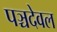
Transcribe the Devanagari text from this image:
पञ्चदेवल